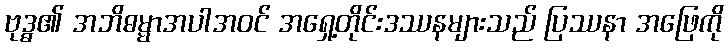
ဗုဒ္ဓ၏ အဘိဓမ္မာအပါအဝင် အရှေ့တိုင်းဒဿနများသည် ပြဿနာ အဖြေကို